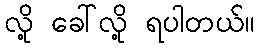
လို့ ခေါ်လို့ ရပါတယ်။